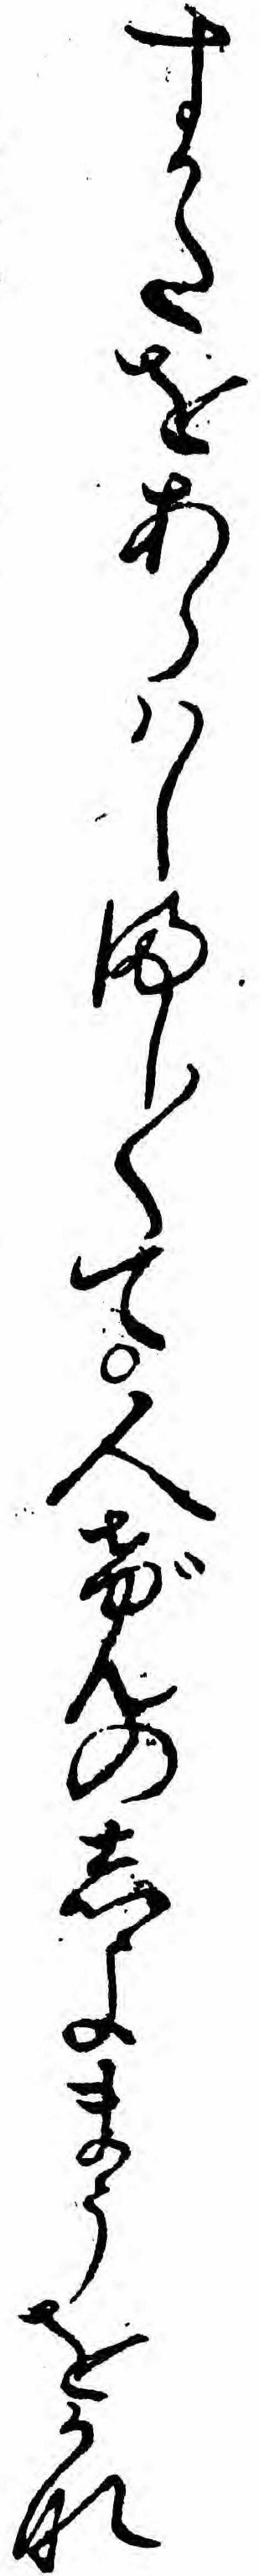
すかたをあらハしまし〱て人げんのしよまうをかな